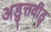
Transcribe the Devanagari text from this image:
अडुत्तवीडु